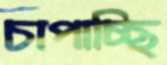
চাপাচ্ছি